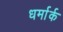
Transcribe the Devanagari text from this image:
धर्मार्क